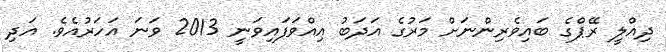
ދިއްލީ ރޭޕްގެ ބައިވެރިންނަށް މަރުގެ އަދަބު އިއްވަފައިވަނީ 2013 ވަނަ އަހަރުއެވެ. އަދި